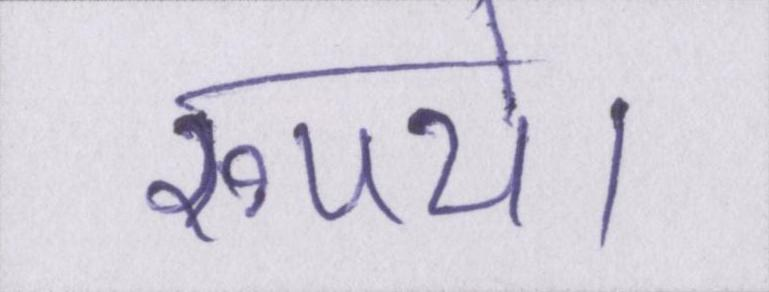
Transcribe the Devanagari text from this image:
रूपये।